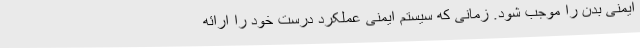
ایمنی بدن را موجب شود. زمانی که سیستم ایمنی عملکرد درست خود را ارائه